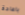
باعادة